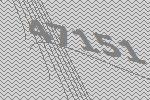
47151